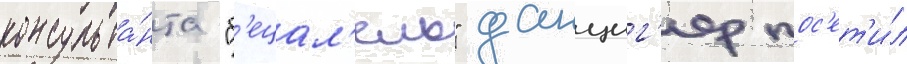
консульта́нта "б'ецал'ель" данциг'ер пос'ет'и́л